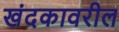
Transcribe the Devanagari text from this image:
खंदकावरील